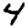
Digit: 4